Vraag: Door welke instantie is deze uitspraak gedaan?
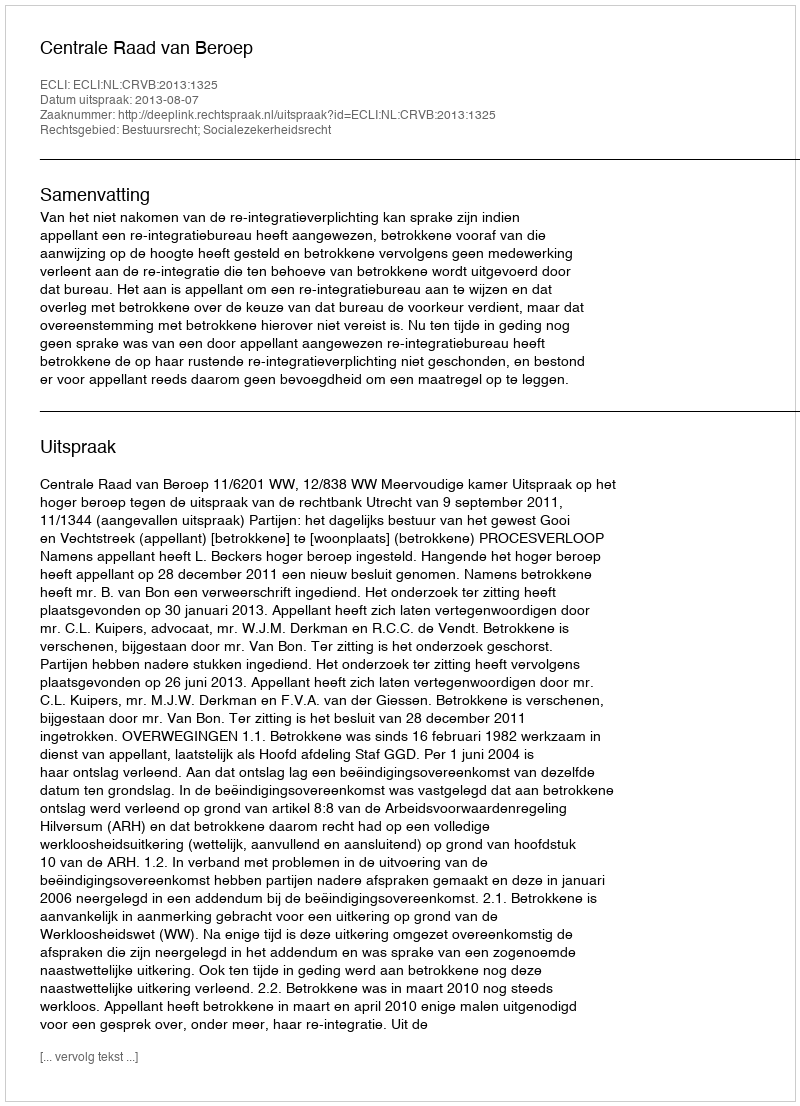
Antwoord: Centrale Raad van Beroep